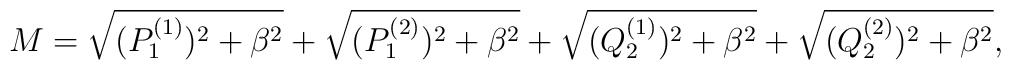
M=\sqrt{(P^{(1)}_1)^2+\beta^2}+\sqrt{(P^{(2)}_1)^2 +\beta^2}+\sqrt{(Q^{(1)}_2)^2+\beta^2}+\sqrt{(Q^{(2)}_2)^2+\beta^2},